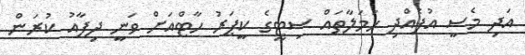
އަދި މެސީ އުފެއްދި ހަމަލާތައް ސިޓީގެ ކީޕަރު ހާޓްއަށް ވަނީ ދިފާއު ކުރަން